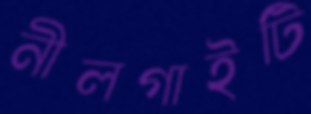
নীলগাইটি